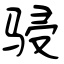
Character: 骎